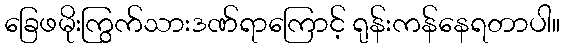
ခြေဖမိုးကြွက်သားဒဏ်ရာကြောင့် ရုန်းကန်နေရတာပါ။